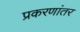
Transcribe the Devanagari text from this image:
प्रकरणांतर